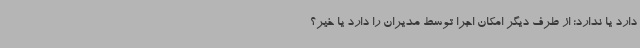
دارد یا ندارد؛ از طرف دیگر امکان اجرا توسط مدیران را دارد یا خیر؟